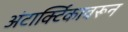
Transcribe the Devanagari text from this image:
अंटार्क्टिकावरून